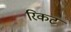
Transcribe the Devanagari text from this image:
रिकट